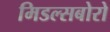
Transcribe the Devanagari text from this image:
मिडल्सबोरो